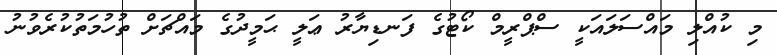
މި ކުއްލި މައްސަލައަކީ ސްޕްރީމް ކޯޓުގެ ފަނޑިޔާރު ޢަލީ ޙަމީދުގެ މައްޗަށް ތުހުމަތުކުރެވުނު